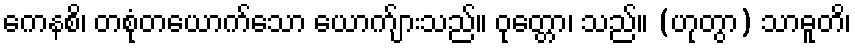
ကေနစိ၊ တစုံတယောက်သော ယောက်ျားသည်။ ဝုတ္တော၊ သည်။ (ဟုတွာ) သာဓူတိ၊